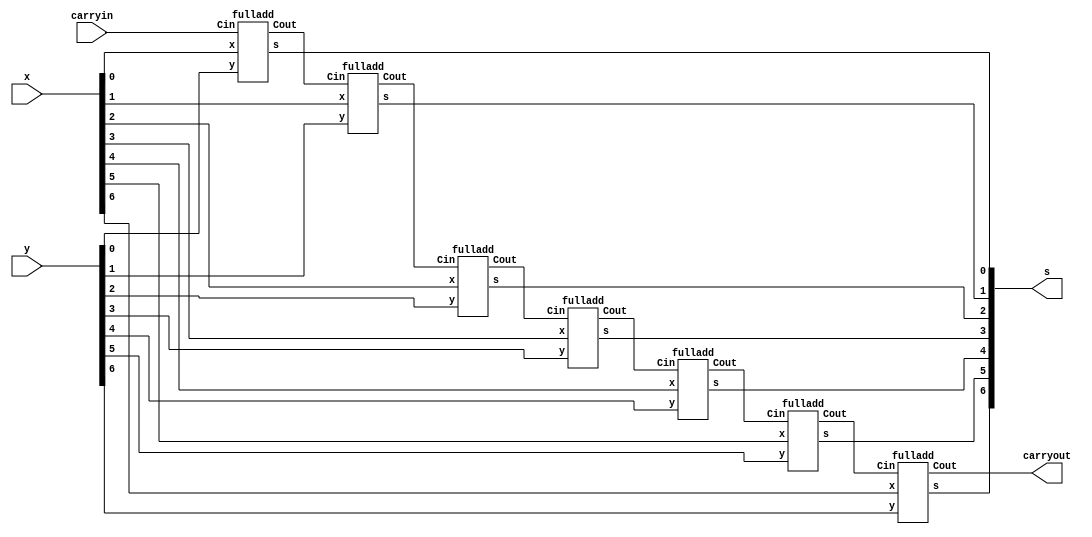
module lhn_7bit_adder (carryin, x, y, s, carryout);
	input carryin;
	input	[6:0] x, y;
	output [6:0] s;
	output carryout;
	wire	[6:1] c;
	
	fulladd stage0 (carryin, x[0], y[0], s[0], c[1]);
	fulladd stage1 (c[1], x[1], y[1], s[1], c[2]);
	fulladd stage2 (c[2], x[2], y[2], s[2], c[3]);
	fulladd stage3 (c[3], x[3], y[3], s[3], c[4]);
	fulladd stage4 (c[4], x[4], y[4], s[4], c[5]);
	fulladd stage5 (c[5], x[5], y[5], s[5], c[6]);
	fulladd stage6 (c[6], x[6], y[6], s[6], carryout);
	
endmodule

module fulladd (Cin, x, y, s, Cout);
	input Cin, x, y;
	output s, Cout;
	
	assign s = x ^ y ^ Cin;
	assign Cout = (x & y) | (x & Cin) | (y & Cin);
		    
endmodule